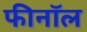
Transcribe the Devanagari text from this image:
फीनॉल